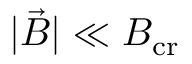
| \vec { B } | \ll B _ { \mathrm { c r } }